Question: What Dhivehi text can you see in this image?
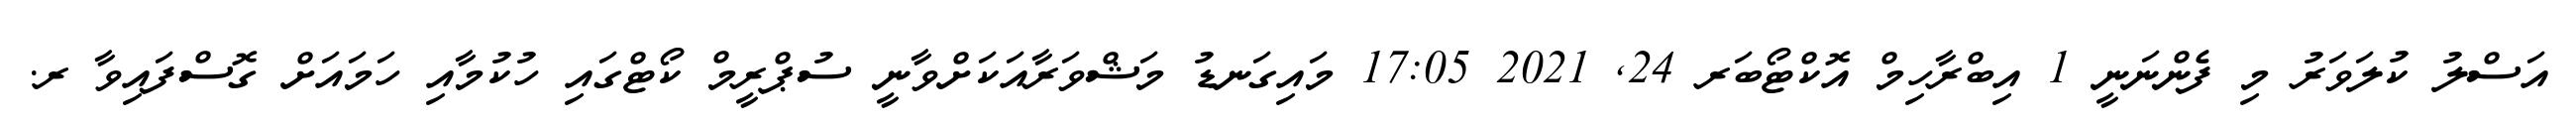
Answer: އަސްލު ކުލަވަރު މި ފެންނަނީ 1 އިބްރާހިމް އޮކްޓޯބަރ 24, 2021 17:05 މައިގަނޑު މަޝްވަރާއަކަށްވާނީ ސުޕްރީމް ކޯޓްގައި ހުކުމާއި ހަމައަށް ގޮސްފައިވާ ރ.